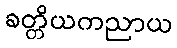
ခတ္တိယကညာယ